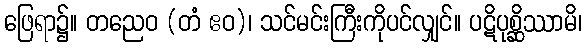
ဖြေရာ၌။ တညေဝ (တံ ဧဝ)၊ သင်မင်းကြီးကိုပင်လျှင်။ ပဋိပုစ္ဆိဿာမိ၊